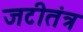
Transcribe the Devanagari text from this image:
जटीतंत्र